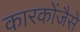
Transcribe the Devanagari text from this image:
कारकोंजैसे